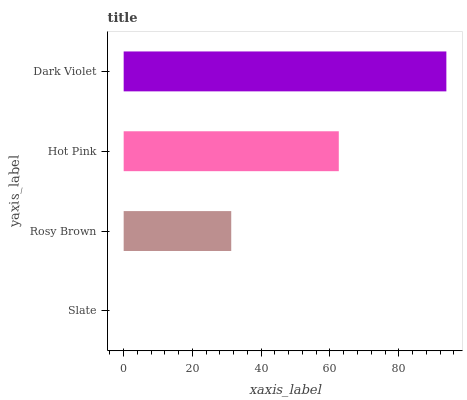
| yaxis_label | bars |
 | --- | --- |
 | Slate | 0 |
 | Rosy Brown | 31.3 |
 | Hot Pink | 62.6 |
 | Dark Violet | 93.8 |